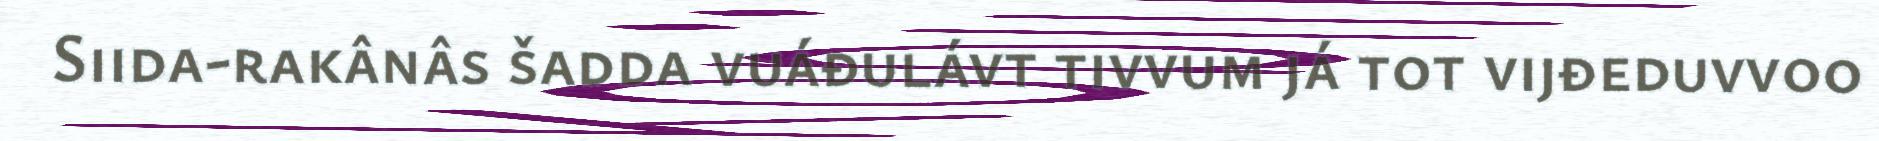
Siida-rakânâs šadda vuáđulávt tivvum já tot vijđeduvvoo